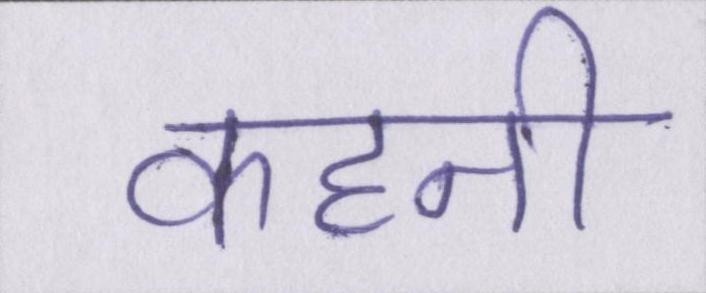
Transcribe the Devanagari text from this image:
कहनी